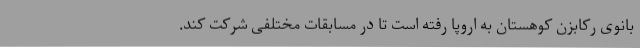
بانوی رکابزن کوهستان به اروپا رفته است تا در مسابقات مختلفی شرکت کند.